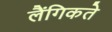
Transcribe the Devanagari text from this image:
लैंगिकते